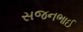
સજનભાઈ